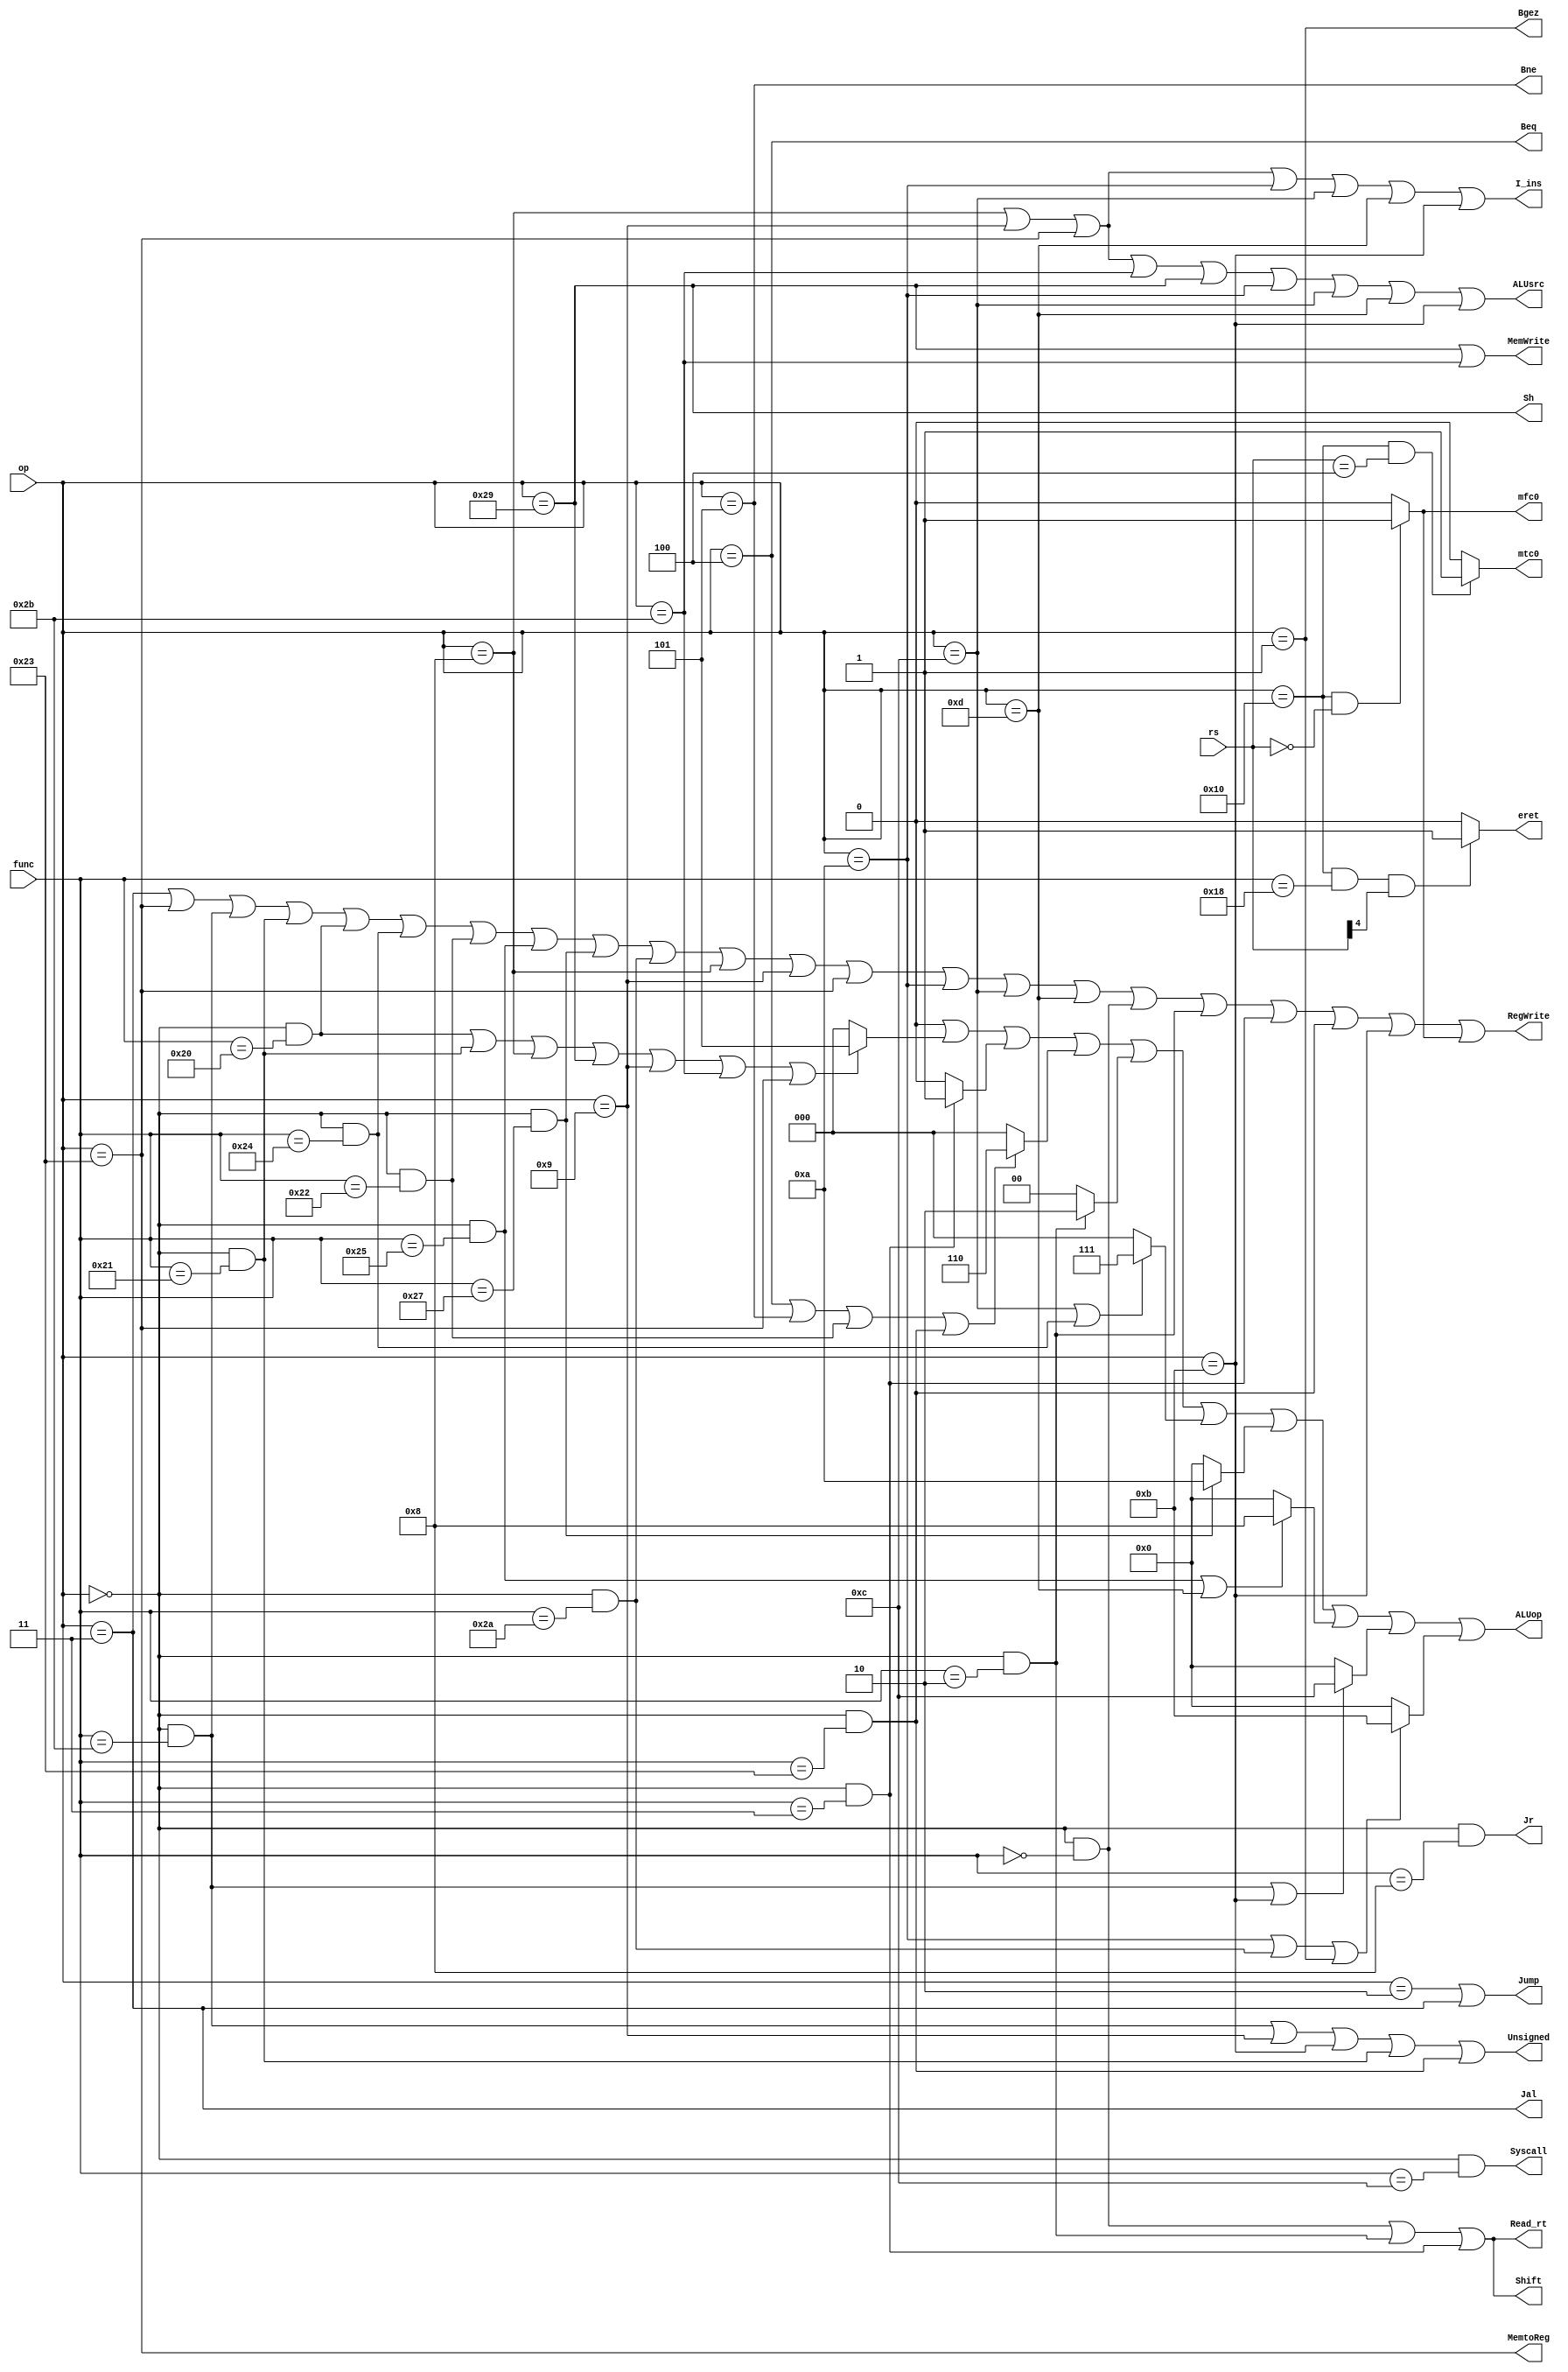
`timescale 1ns / 1ps
//////////////////////////////////////////////////////////////////////////////////
// Company: 
// Engineer: 
// 
// Design Name: 
// Module Name: ControlUnit
// Project Name: 
// Target Devices: 
// Tool Versions: 
// Description: 
// 
// Dependencies: 
// 
// Revision:
// Revision 0.01 - File Created
// Additional Comments:
// 
//////////////////////////////////////////////////////////////////////////////////


module ControlUnit(
    input [5:0] op,
    input [5:0] func,
    input [4:0] rs,
    output Read_rt,Beq,Bne,Bgez,MemWrite,MemtoReg,Unsigned,ALUsrc,I_ins,Jr,Shift,
    output [3:0] ALUop,
    output Jump,Jal,RegWrite,Syscall,Sh,
    output eret,mtc0,mfc0
    );
    wire add,addu,and_,sll,srl,sra,jr,syscall,sub,or_,nor_,slt,subu,sltu;
    wire j,jal,beq,bne,addi,addiu,slti,andi,ori,sltiu,bgez,lw,sw,sh;
    assign add=(op==6'b0)&&(func==6'b100000);
    assign addu=(op==6'b0)&&(func==6'b100001);
    assign and_=(op==6'b0)&&(func==6'b100100);
    assign sll=(op==6'b0)&&(func==6'b000000);
    assign srl=(op==6'b0)&&(func==6'b000010);
    assign sra=(op==6'b0)&&(func==6'b000011);
    assign jr=(op==6'b0)&&(func==6'b001000);
    assign syscall=(op==6'b0)&&(func==6'b001100);
    assign sub=(op==6'b0)&&(func==6'b100010);
    assign or_=(op==6'b0)&&(func==6'b100101);
    assign nor_=(op==6'b0)&&(func==6'b100111);
    assign slt=(op==6'b0)&&(func==6'b101010);
    assign subu=(op==6'b0)&&(func==6'b100011);
    assign sltu=(op==6'b0)&&(func==6'b101011);
    
    assign j=(op==6'b000010);
    assign jal=(op==6'b000011);
    assign beq=(op==6'b000100);
    assign bne=(op==6'b000101);
    assign addi=(op==6'b001000);
    assign addiu=(op==6'b001001);
    assign slti=(op==6'b001010);
    assign andi=(op==6'b001100);  
    assign ori=(op==6'b001101);
    assign sltiu=(op==6'b001011);
    assign bgez=(op==6'b000001);
    assign lw=(op==6'b100011);
    assign sw=(op==6'b101011);
    assign sh=(op==6'b101001); 
    
    assign Shift=sll|srl|sra;
    assign Read_rt=Shift;
    assign Jal=jal;
    assign Jr=jr;
    assign Jump=j|jal;
    assign I_ins=addi|addiu|lw|slti|andi|ori|sltiu;
    assign Bne=bne;
    assign Beq=beq;
    assign Bgez=bgez;
    assign ALUsrc=addi|addiu|lw|sw|sh|slti|andi|ori|sltiu;
    assign MemWrite=sh|sw;
    assign MemtoReg=lw;
    assign Sh=sh;
    assign Unsigned=sltu|addiu|sltiu|addu|subu;
    assign Syscall=syscall;
    assign RegWrite=jal|lw|sltu|addu|add|and_|sub|or_|nor_|slt|addi|addiu|lw|slti|andi|ori|sll|srl|sra|subu|sltiu|mfc0;
    
    
    assign ALUop=(sll?4'd0:0)|
    (add|addu|addi|sh|addiu|sw|lw?4'd5:0)|
    (sra?4'd1:0)|
    (beq|bne|sub|subu?4'd6:0)|
    (srl?4'd2:0)|
    (andi|and_?4'd7:0)|
    (nor_?4'd10:0)|
    (or_|ori?4'd8:0)|
    (sltu|sltiu?4'd12:0)|
    (slti|slt|bgez?4'd11:0);
     
    assign eret=((op==6'b010000) && (func==6'b011000) && (rs[4])) ? 1'b1 : 1'b0;
    assign mfc0=((op==6'b010000) && (rs==5'b00000)) ? 1'b1 : 1'b0;
    assign mtc0=((op==6'b010000) && (rs==5'b00100)) ? 1'b1 : 1'b0;
     
    
endmodule